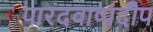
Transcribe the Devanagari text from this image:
पारदवाष्पदीप